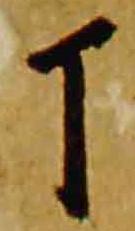
丁